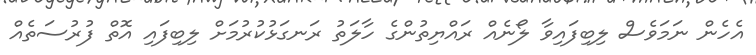
އެހެން ނަމަވެސް ލިބިފައިވާ ލޯނެއް ރައްޔިތުންގެ ހާލަތު ރަނގަޅުކުރުމަށް ލިބިފައި އޮތް ފުރުސަތެއް